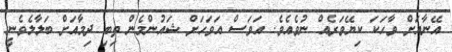
އޭނާއަށް ވާހަކަ ކިޔޭވަރެއް ނުވެއެވެ. އަވަސް އަވަހަށް ޝައުންމެން ތިބި ދިމާއަށް ބަލާލެވެނީ